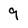
Character: 9